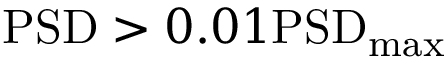
\mathrm { P S D } > 0 . 0 1 \mathrm { P S D } _ { \operatorname* { m a x } }